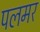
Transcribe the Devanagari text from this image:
पलमर